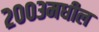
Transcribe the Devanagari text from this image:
२००३मधील